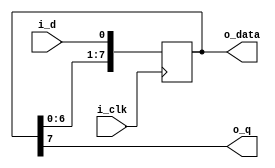
//*******************************FILE HEAD**************************************
//*********************Verilog HDL *********************
// FUNCTION        : 
// AUTHOR          : 
// DATE & REVISION : 
// COMPANY         : Verilog HDL 
// UPDATE          :
//******************************************************************************
`timescale 1ns/1ns

module shift_reg
    (
        input i_clk, //
        input i_d, // 
        
        output  o_q, //
        output [7 : 0]  o_data //
    );
    
    //o_data
    reg  r_q;
    reg [7 : 0] r_data;
    
    assign o_q = r_data[7]; //
    //assign o_q = r_data[0]; //
    assign o_data = r_data;
    
    //JKJK
    always @(posedge i_clk) 
    begin 
        r_data <= {r_data[6 : 0], i_d};  //      
        //r_data <= {i_d, r_data[7 : 1]};  //       
	end
    
endmodule
// END OF shift_reg.v FILE ***************************************************